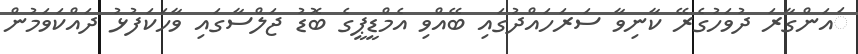
ައަންގާރަ ދުވަހުގެރޭ ކާނިވާ ސަރަހައްދުގައި ބޭއްވި އެމްޑީޕީގެ ބޮޑު ޖަލްސާގައި ވާހަކަފުޅު ދައްކަވަމުން